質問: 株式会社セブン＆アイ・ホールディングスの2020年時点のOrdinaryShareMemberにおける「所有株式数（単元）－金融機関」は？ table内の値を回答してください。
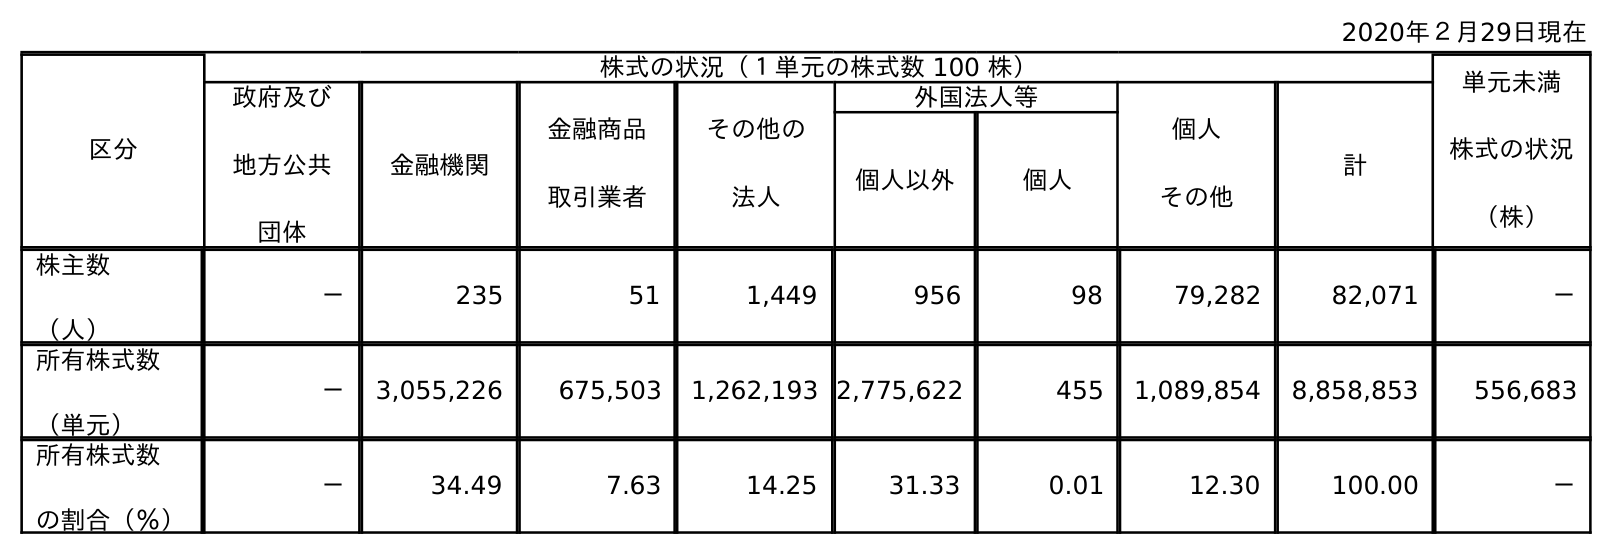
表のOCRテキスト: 2020年２月29日現在 区分 株式の状況（１単元の株式数 100 株） 単元未満 株式の状況 （株） 政府及び 地方公共 団体 金融機関 金融商品 取引業者 その他の 法人 外国法人等 個人 その他 計 個人以外 個人 株主数 （人） － 235 51 1,449 956 98 79,282 82,071 － 所有株式数 （単元） － 3,055,226 675,503 1,262,193 2,775,622 455 1,089,854 8,858,853 556,683 所有株式数 の割合（％） － 34.49 7.63 14.25 31.33 0.01 12.30 100.00 －
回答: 3,055,226